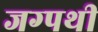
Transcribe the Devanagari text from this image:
जग्पथी